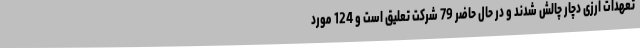
تعهدات ارزی دچار چالش شدند و در حال حاضر 79 شرکت تعلیق است و 124 مورد